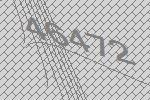
46472